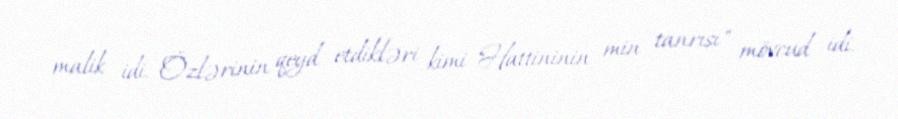
malik idi. Özlərinin qeyd etdikləri kimi "Hattininin min tanrısı" mövcud idi.